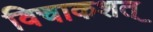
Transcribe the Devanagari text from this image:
विचाकशत्